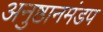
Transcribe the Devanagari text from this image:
अनुष्ठानमंडप